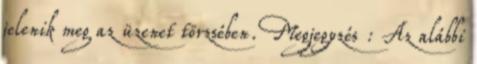
jelenik meg az üzenet törzsében. Megjegyzés : Az alábbi